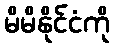
မိမိနိုင်ငံကို